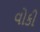
વોકી